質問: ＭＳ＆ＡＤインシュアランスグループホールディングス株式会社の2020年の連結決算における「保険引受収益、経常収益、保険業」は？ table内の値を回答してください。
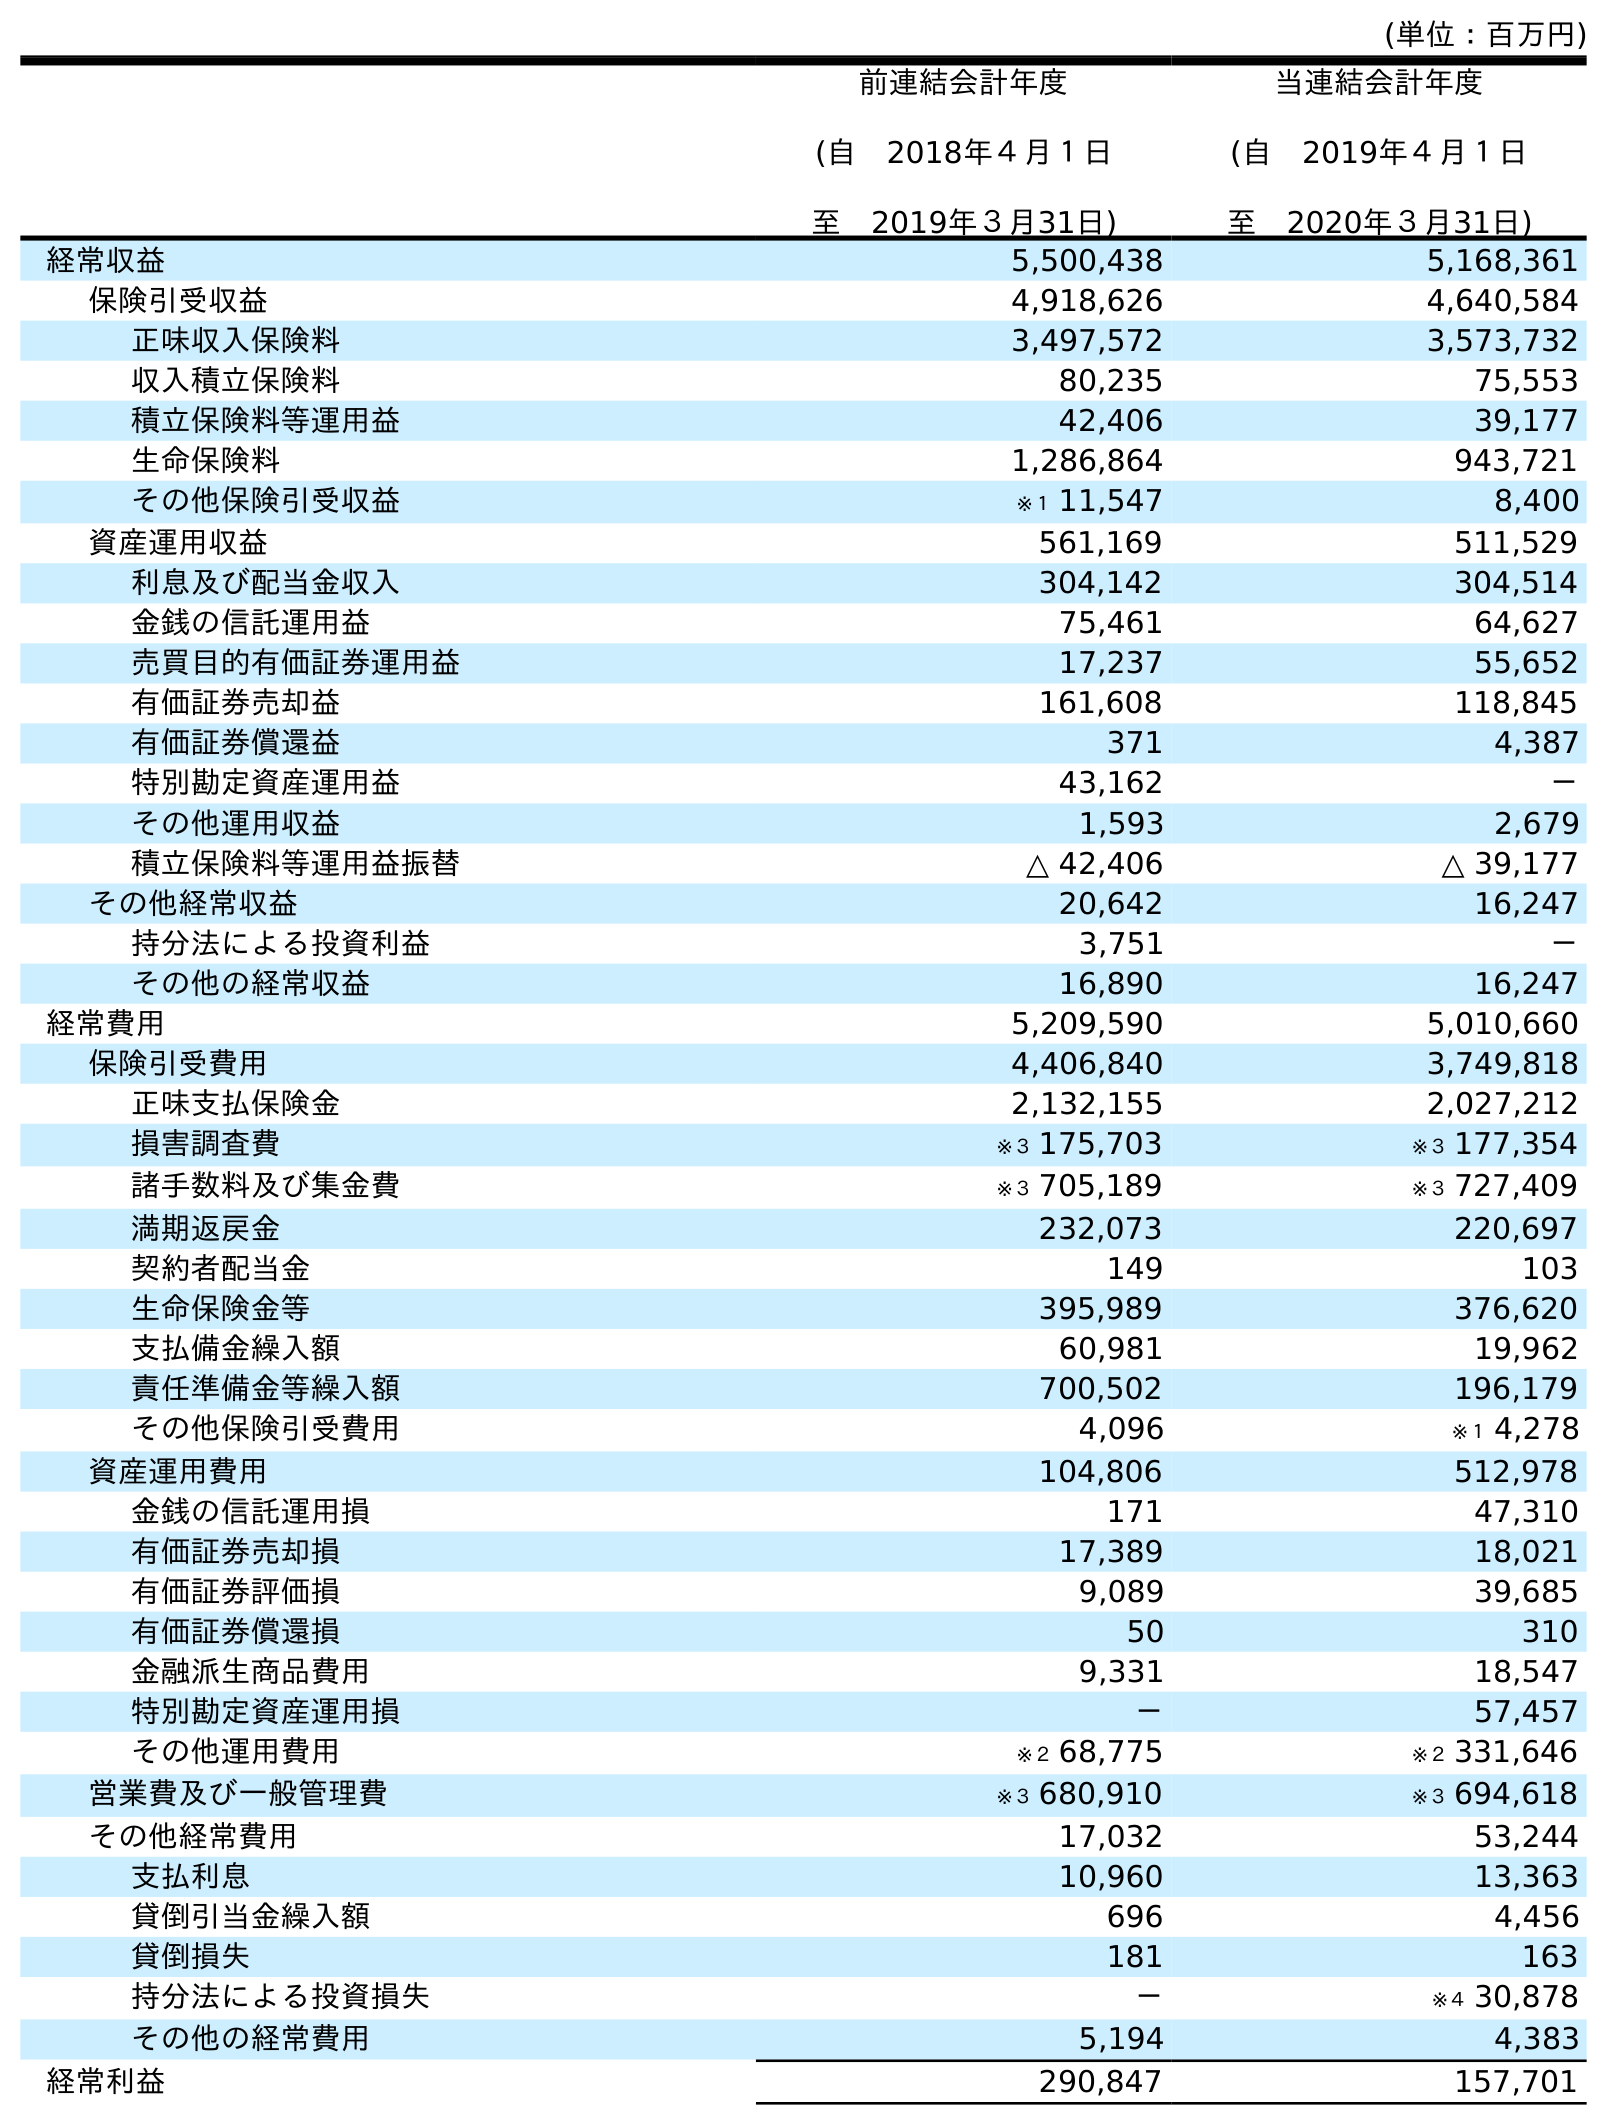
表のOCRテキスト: (単位：百万円) 前連結会計年度 (自 2018年４月１日 至 2019年３月31日) 当連結会計年度 (自 2019年４月１日 至 2020年３月31日) 経常収益 5,500,438 5,168,361 保険引受収益 4,918,626 4,640,584 正味収入保険料 3,497,572 3,573,732 収入積立保険料 80,235 75,553 積立保険料等運用益 42,406 39,177 生命保険料 1,286,864 943,721 その他保険引受収益 ※１ 11,547 8,400 資産運用収益 561,169 511,529 利息及び配当金収入 304,142 304,514 金銭の信託運用益 75,461 64,627 売買目的有価証券運用益 17,237 55,652 有価証券売却益 161,608 118,845 有価証券償還益 371 4,387 特別勘定資産運用益 43,162 － その他運用収益 1,593 2,679 積立保険料等運用益振替 △ 42,406 △ 39,177 その他経常収益 20,642 16,247 持分法による投資利益 3,751 － その他の経常収益 16,890 16,247 経常費用 5,209,590 5,010,660 保険引受費用 4,406,840 3,749,818 正味支払保険金 2,132,155 2,027,212 損害調査費 ※３ 175,703 ※３ 177,354 諸手数料及び集金費 ※３ 705,189 ※３ 727,409 満期返戻金 232,073 220,697 契約者配当金 149 103 生命保険金等 395,989 376,620 支払備金繰入額 60,981 19,962 責任準備金等繰入額 700,502 196,179 その他保険引受費用 4,096 ※１ 4,278 資産運用費用 104,806 512,978 金銭の信託運用損 171 47,310 有価証券売却損 17,389 18,021 有価証券評価損 9,089 39,685 有価証券償還損 50 310 金融派生商品費用 9,331 18,547 特別勘定資産運用損 － 57,457 その他運用費用 ※２ 68,775 ※２ 331,646 営業費及び一般管理費 ※３ 680,910 ※３ 694,618 その他経常費用 17,032 53,244 支払利息 10,960 13,363 貸倒引当金繰入額 696 4,456 貸倒損失 181 163 持分法による投資損失 － ※４ 30,878 その他の経常費用 5,194 4,383 経常利益 290,847 157,701
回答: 4,640,584